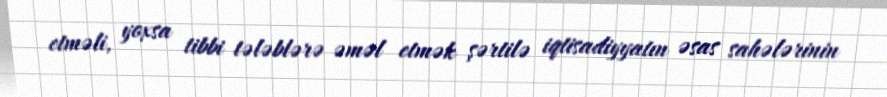
etməli, yoxsa tibbi tələblərə əməl etmək şərtilə iqtisadiyyatın əsas sahələrinin